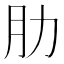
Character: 肋